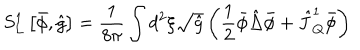
{ S _ { L } ^ { 1 } } \left[ \bar { \phi } , \hat { g } \right] = { \frac { 1 } { 8 \pi } } \int { d ^ { 2 } } \xi \sqrt { \hat { g } } \left( { \frac { 1 } { 2 } } \bar { \phi } \hat { \Delta } \bar { \phi } + { \hat { J } _ { Q } ^ { 1 } } \bar { \phi } \right)